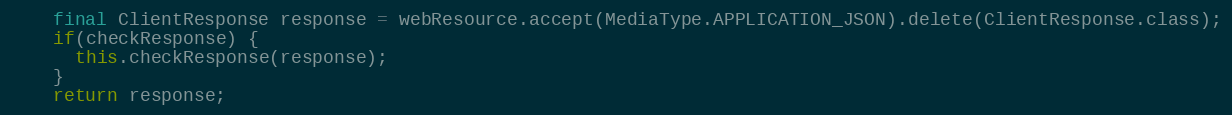
Language: Java
    final ClientResponse response = webResource.accept(MediaType.APPLICATION_JSON).delete(ClientResponse.class);
    if(checkResponse) {
      this.checkResponse(response);
    }
    return response;